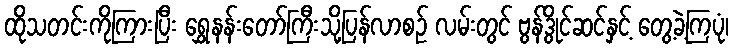
ထိုသတင်းကိုကြားပြီး ရွှေနန်းတော်ကြီးသို့ပြန်လာစဉ် လမ်းတွင် ဗွန်ဒွိုင်ဆင်နှင့် တွေ့ခဲ့ကြပုံ၊